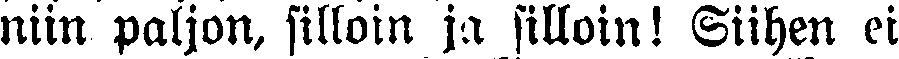
niin paljon, silloin ja silloin! Siihen ei